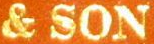
& SON